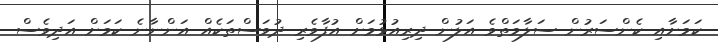
ކަމަށާއި ކެންސަރުން ސަލާމަތްވެ އަލުން ދިރިއުޅުމަށް އުފާވެރި ދުވަސްތަކެއް އަންނާނެ ކަމަށް އަދިވެސް